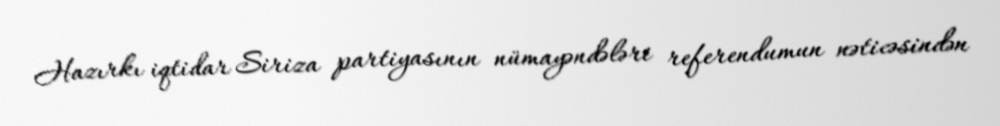
Hazırkı iqtidar Siriza partiyasının nümayəndələri referendumun nəticəsindən